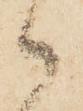
候